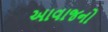
આવાજનો